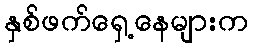
နှစ်ဖက်ရှေ့နေများက